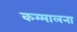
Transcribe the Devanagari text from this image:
कम्मालना